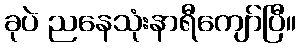
ခုပဲ ညနေသုံးနာရီကျော်ပြီ။